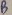
Text: B